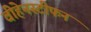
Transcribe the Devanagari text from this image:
वीहेनस्टीफन